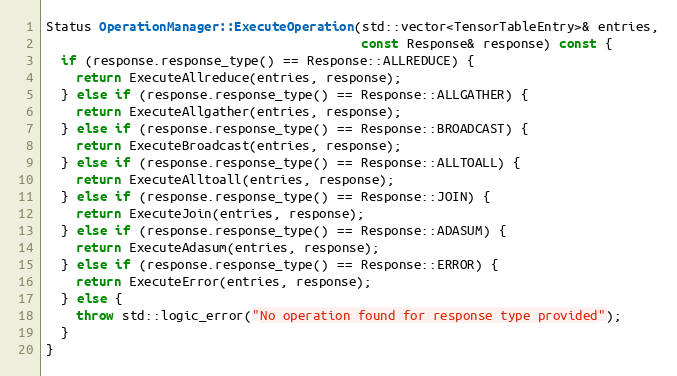
Language: C++
Status OperationManager::ExecuteOperation(std::vector<TensorTableEntry>& entries,
                                          const Response& response) const {
  if (response.response_type() == Response::ALLREDUCE) {
    return ExecuteAllreduce(entries, response);
  } else if (response.response_type() == Response::ALLGATHER) {
    return ExecuteAllgather(entries, response);
  } else if (response.response_type() == Response::BROADCAST) {
    return ExecuteBroadcast(entries, response);
  } else if (response.response_type() == Response::ALLTOALL) {
    return ExecuteAlltoall(entries, response);
  } else if (response.response_type() == Response::JOIN) {
    return ExecuteJoin(entries, response);
  } else if (response.response_type() == Response::ADASUM) {
    return ExecuteAdasum(entries, response);
  } else if (response.response_type() == Response::ERROR) {
    return ExecuteError(entries, response);
  } else {
    throw std::logic_error("No operation found for response type provided");
  }
}